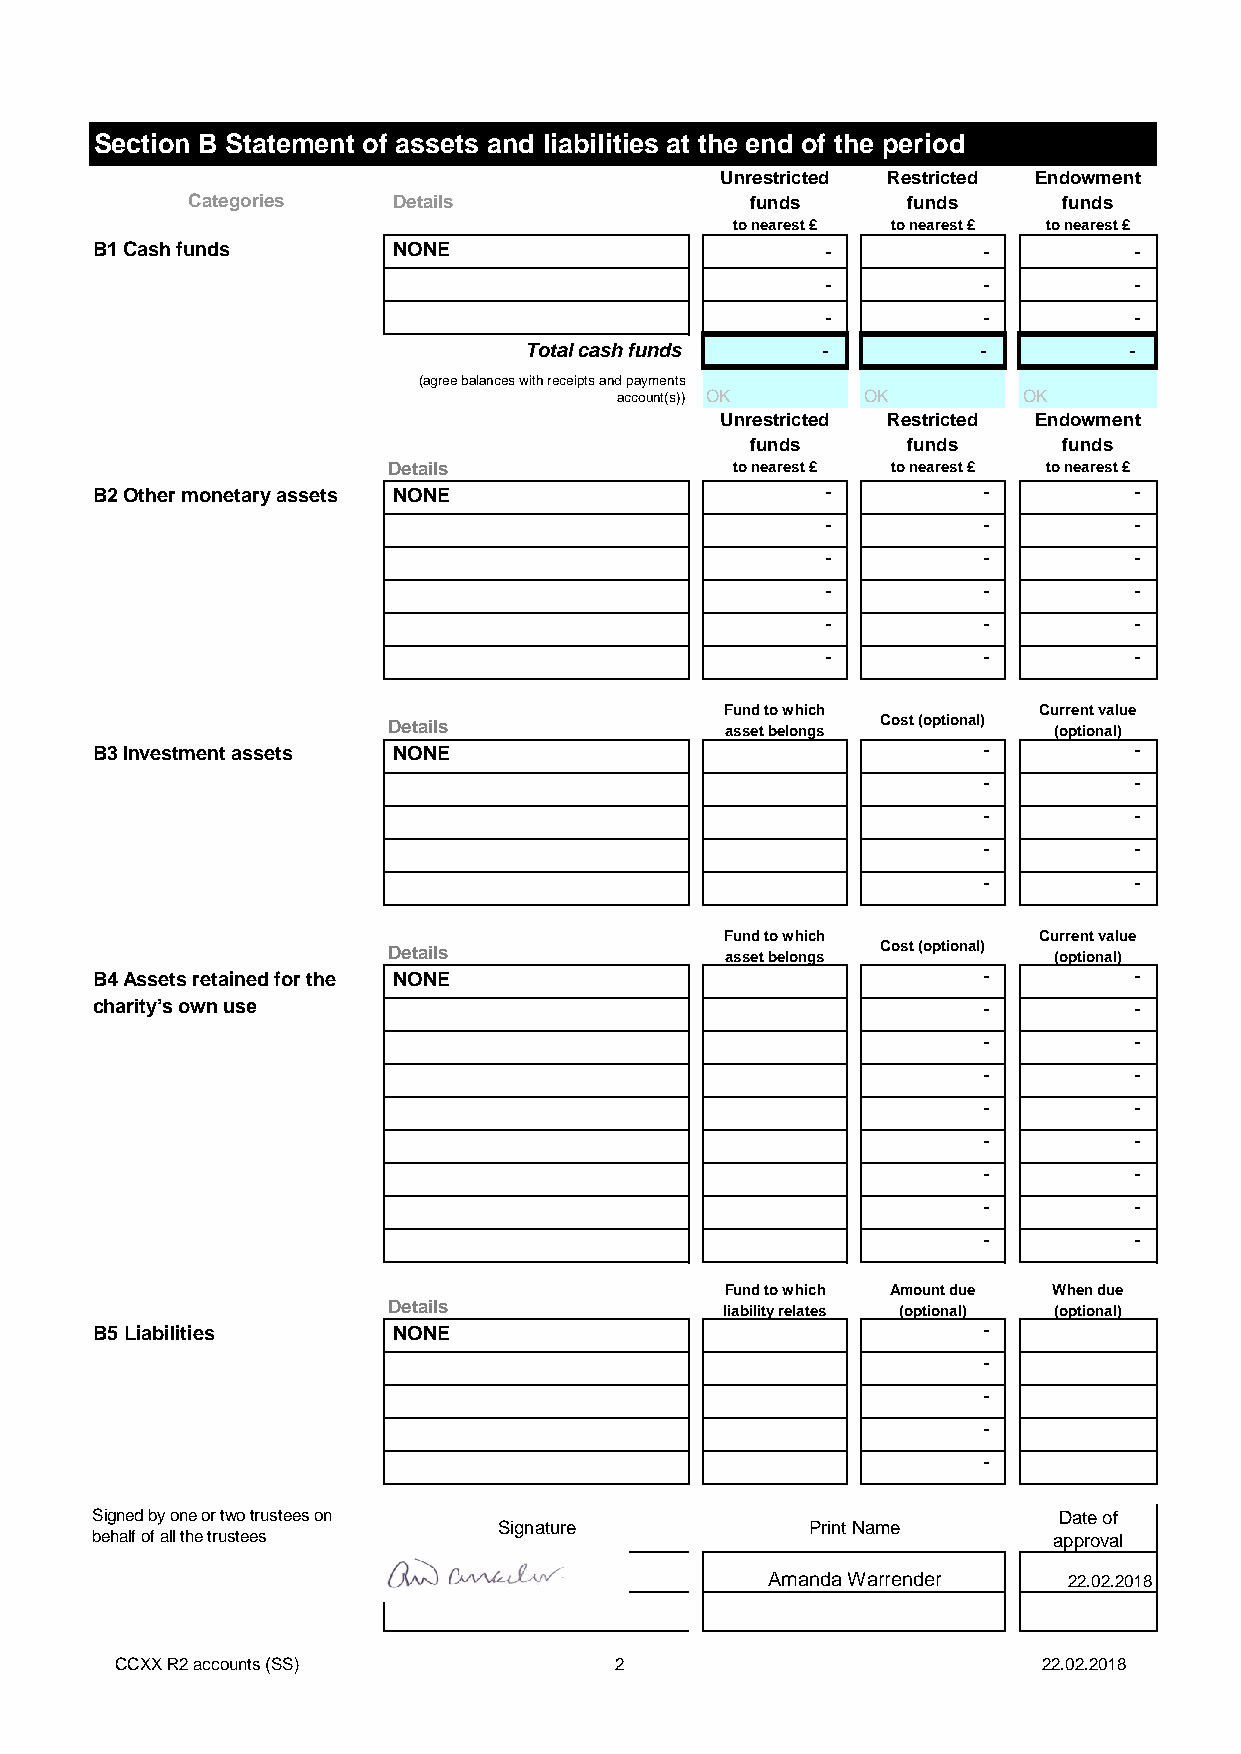
Section B Statement of assets and liabilities at the end of the period
 Unrestricted Restricted Endowment
 Categories    Details                 funds     funds     funds
 to nearest £ to nearest £ to nearest £
 B1 Cash funds       NONE                         -         -         -
 -         -         -
 -         -         -
 Total cash funds   -          -         -
 (agree balances with receipts and payments
 account(s)) OK  OK         OK
 Unrestricted Restricted Endowment
 funds     funds     funds
 Details               to nearest £ to nearest £ to nearest £
 B2 Other monetary assets NONE                    -         -         -
 -         -         -
 -         -         -
 -         -         -
 -         -         -
 -         -         -
 Fund to which        Current value
 Details               asset belongs Cost (optional) (optional)
 B3 Investment assets NONE                                  -         -
 -         -
 -         -
 -         -
 -         -
 Fund to which        Current value
 Details               asset belongs Cost (optional) (optional)
 B4 Assets retained for the NONE                            -         -
 charity’s own use                                          -         -
 -         -
 -         -
 -         -
 -         -
 -         -
 -         -
 -         -
 Fund to which Amount due When due
 Details               liability relates (optional) (optional)
 B5 Liabilities      NONE                                   -
 -
 -
 -
 -
 Signed by one or two trustees on                                Date of
 Signature            Print Name
 behalf of all the trustees                                      approval
 Amanda Warrender    22.02.2018
 CCXX R2 accounts (SS)            2                           22.02.2018